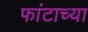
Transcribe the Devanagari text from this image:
फांटाच्या